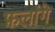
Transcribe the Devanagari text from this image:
फ़लांगे